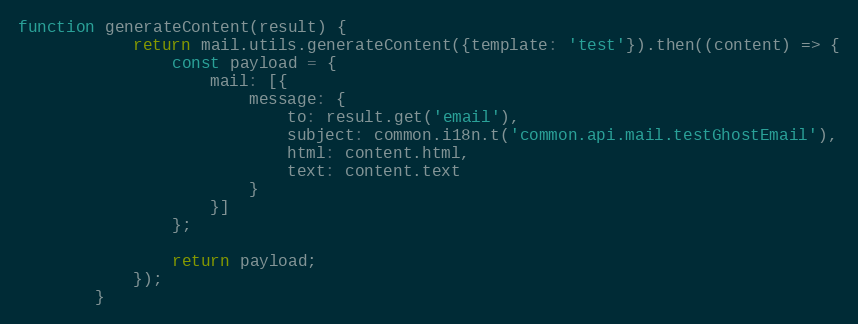
Language: JavaScript
function generateContent(result) {
            return mail.utils.generateContent({template: 'test'}).then((content) => {
                const payload = {
                    mail: [{
                        message: {
                            to: result.get('email'),
                            subject: common.i18n.t('common.api.mail.testGhostEmail'),
                            html: content.html,
                            text: content.text
                        }
                    }]
                };

                return payload;
            });
        }